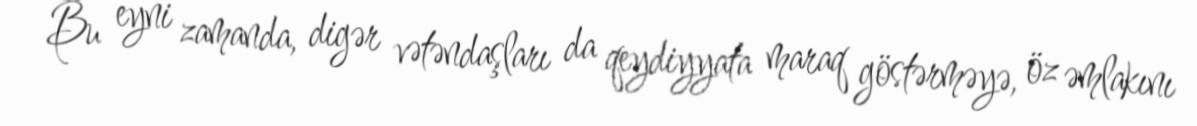
Bu eyni zamanda, digər vətəndaşları da qeydiyyata maraq göstərməyə, öz əmlakını